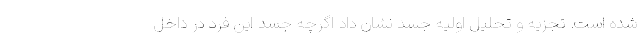
شده است. تجزیه و تحلیل اولیه جسد نشان داد اگرچه جسد این فرد در داخل